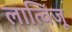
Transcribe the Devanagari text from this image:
लात्विजू